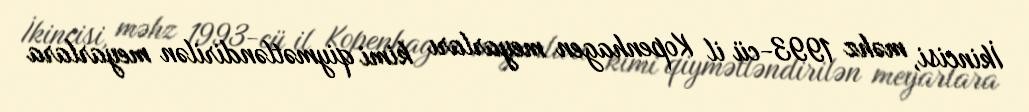
İkincisi, məhz 1993-cü il Kopenhagen meyarları kimi qiymətləndirilən meyarlara